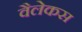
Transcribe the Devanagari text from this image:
वैलेकस